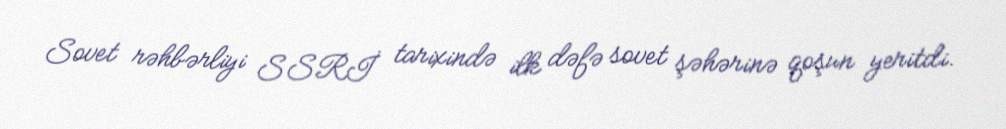
Sovet rəhbərliyi SSRİ tarixində ilk dəfə sovet şəhərinə qoşun yeritdi.